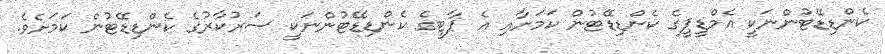
ކެންޑިޑޭޓުންނަކީ އެމްޑީޕީގެ ކެންޑިޑޭޓުން ކަމަށާއި އެ ޕާޓީގެ ކެންޑިޑޭޓުންނަކީ ސަރުކާރުގެ ކެންޑިޑޭޓުން ކަމަށެވެ.